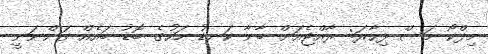
މިފްކޯ މަސް ފިހާރަ: ރާއްޖެއަށް ބާނާ ކަނޑު މަހުގެ ބޮޑު ބައެއް ގަންނަނީ